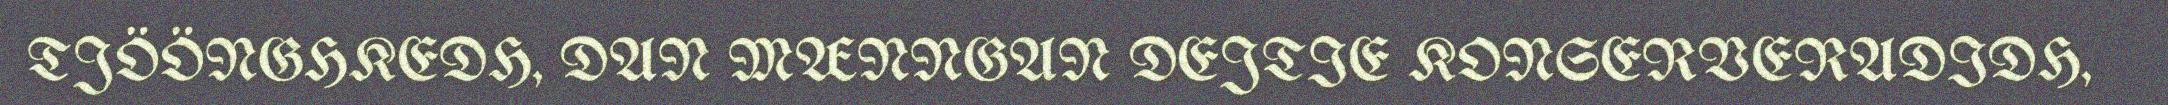
TJÖÖNGHKEDH, DAN MÆNNGAN DEJTIE KONSERVERADIDH,